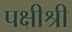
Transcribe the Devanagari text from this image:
पक्षीश्री